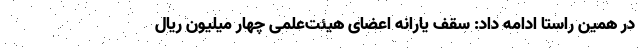
در همین راستا ادامه داد: سقف یارانه اعضای هیئت‌علمی چهار میلیون ریال